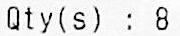
QTY(S) : 8